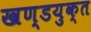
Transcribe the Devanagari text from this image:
खण्डयुक्त